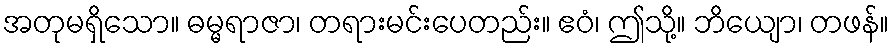
အတုမရှိသော။ ဓမ္မရာဇာ၊ တရားမင်းပေတည်း။ ဧဝံ၊ ဤသို့။ ဘိယျော၊ တဖန်။